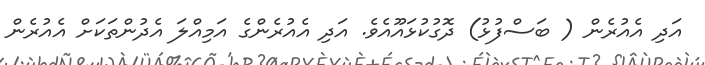
އަދި އެއުރެން ( ބަސްފުޅު) ދޮގުކުޅައޫއެވެ. އަދި އެއުރެންގެ އަމިއްލަ އެދުންތަކަށް އެއުރެން